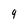
Character: 9